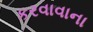
કરવાવાના